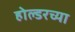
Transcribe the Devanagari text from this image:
होल्डरच्या